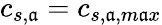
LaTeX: c_{s,\mathfrak{a}}=c_{s,\mathfrak{a},m\mathfrak{a}x}